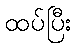
ထပ်ပြီး